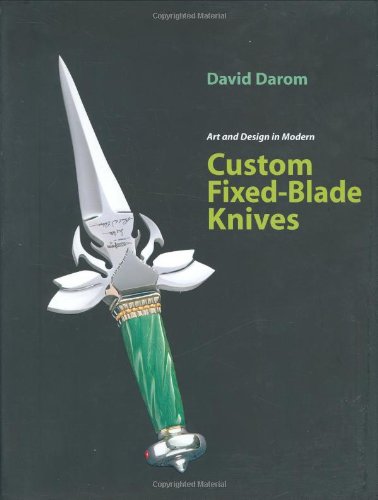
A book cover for Art and Design in Modern Custom Fixed-Blade Knives; David Darom; Crafts, Hobbies & Home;